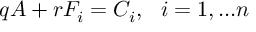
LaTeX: q A + r F _ { i } = C _ { i } , ~ ~ i = 1 , . . . n